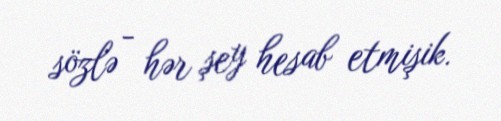
sözlə - hər şey hesab etmişik.